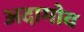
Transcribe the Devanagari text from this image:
अदामोव